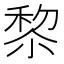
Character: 𥟖